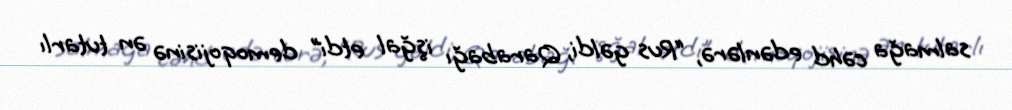
salmağa cəhd edənlərə, “Rus gəldi, Qarabağı işğal etdi” demoqojisinə ən tutarlı